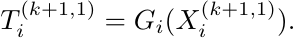
\begin{equation*}
	T^{(k + 1, 1)}_i = G_{i} (X^{(k + 1, 1)}_i).
\end{equation*}